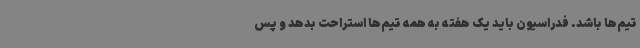
تیم‌ها باشد. فدراسیون باید یک هفته به همه تیم‌ها استراحت بدهد و پس